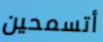
أتسمحين